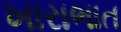
ખારાભાત